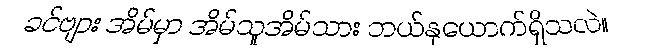
ခင်ဗျား အိမ်မှာ အိမ်သူအိမ်သား ဘယ်နှယောက်ရှိသလဲ။